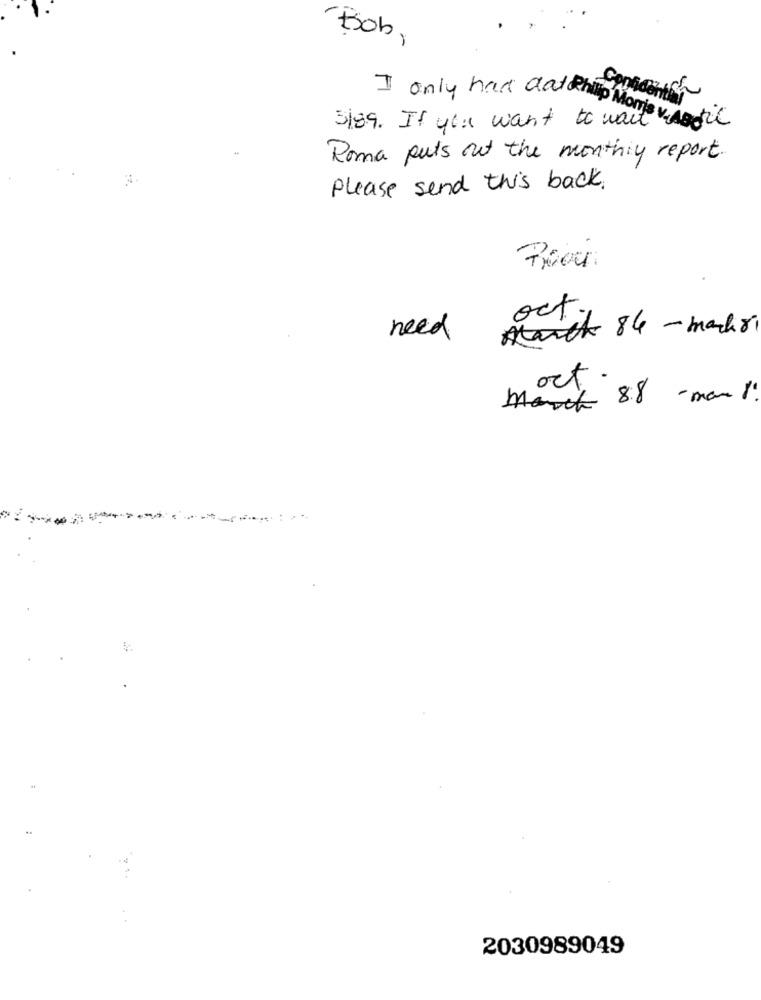
-Bob,
3/89. If you want to want
I only had datofilip Moms v. the
Roma puts out the monthly report.
Please send this back.
oct
need
March 84 - machri
ort.
March 88 -man 1.
2030989049